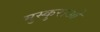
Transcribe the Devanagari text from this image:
मुस्कुराओ